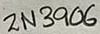
Text: 2N3906